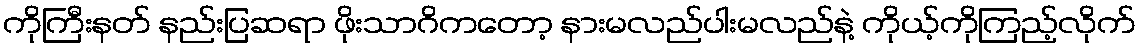
ကိုကြီးနတ် နည်းပြဆရာ ဖိုးသာဂိကတော့ နားမလည်ပါးမလည်နဲ့ ကိုယ့်ကိုကြည့်လိုက်